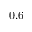
0 . 6